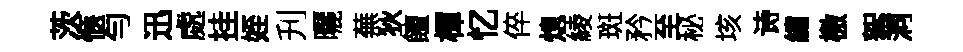
茨愜勻迅處挂姪刋曬蕪狄饘楎忆倅熄綾斑矜至秘垓诗繡檄絮洞